Report on the bubonic plague in Bombay, 1896-1897
Year: 1896
Disease focus: Plague
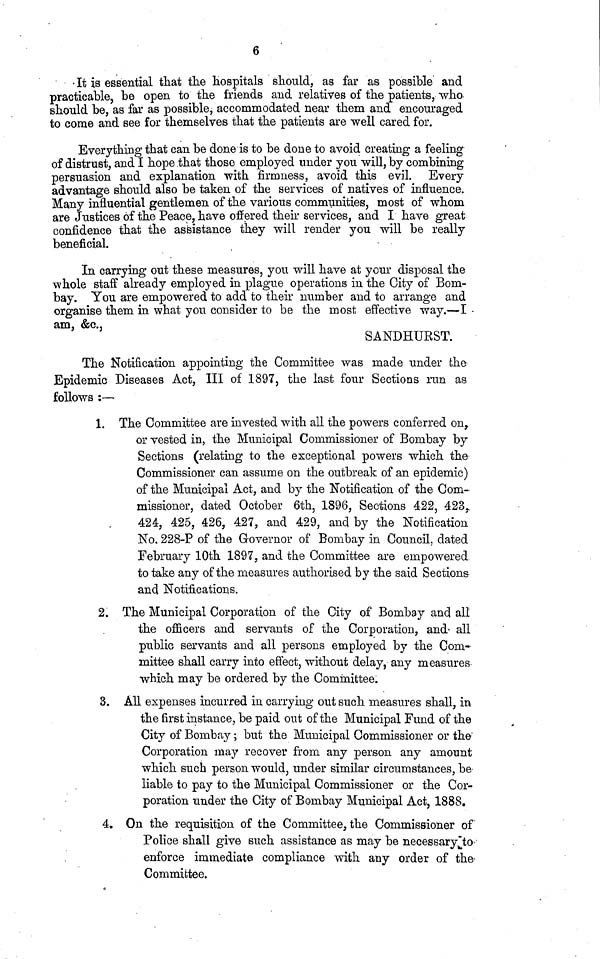
6
It is essential that the hospitals should, as far as possible and
practicable, be open to the friends and relatives of the patients, wha
should be, as far as possible accommodated near them and encouraged
to come and see for themselves that the patients are well cared for.
Everything that can be done is to be done to avoid creating a feeling
of distrust, and I hope that those employed under you will, by combining
persuasion and explanation with firmness, avoid this evil. Every
advantage should also be taken of the services of natives of influence.
Many influential gentlemen of the various communities, most of whom
are Justices of the Peace, have offered their services, and I have great
confidence that the assistance they will render you will be really
beneficial.
In carrying out these measures, you will have at your disposal the
whole staff already employed in plague operations in the City of Bom-
bay. You are empowered to add to their number and to arrange and
organise them in what you consider to be the most effective way.—I •
am, & c,
SANDHURST.
The Notification appointing the Committee was made under the-
Epidemic Diseases Act, III of 1897, the last four Sections run as
follows :—-
1. The Committee are invested with all the powers conferred on,.
or vested in, the Municipal Commissioner of Bombay by
Sections (relating to the exceptional powers which the
Commissioner can assume on the outbreak of an epidemic)
of the Municipal Act, and by the Notification of the Com-
missioner, dated October 6th, 1896, Sections 422, 423,,
424, 425, 426, 427, and 429, and by the Notification
No. 228-P of the Governor of Bombay in Council, dated
February 10th 1897, and the Committee are empowered
to take any of the measures authorised by the said Sections
and Notifications.
2. The Municipal Corporation of the City of Bombay and all
the officers and servants of the Corporation, and all
public servants and all persons employed by the Com-
mittee shall carry into effect, without delay, any measures
which may be ordered by the Committee.
3. All expenses incurred in carrying out such measures shall, in
the first instance, be paid out of the Municipal Fund of the
City of Bombay; but the Municipal Commissioner or the'
Corporation may recover from any person any amount
which such person would, under similar circumstances, be
liable to pay to the Municipal Commissioner or the Cor-
poration under the City of Bombay Municipal Act, 1888.
4. On the requisition of the Committee, the Commissioner of
Police shall give such assistance as may be necessary to'
enforce immediate compliance with any order of the-
Committee.